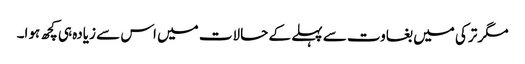
مگر ترکی میں بغاوت سے پہلے کے حالات میں اس سے زیادہ ہی کچھ ہوا۔